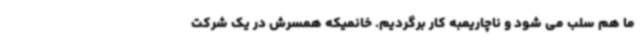
ما هم سلب می شود و ناچاریمبه کار برگردیم. خانمیکه همسرش در یک شرکت